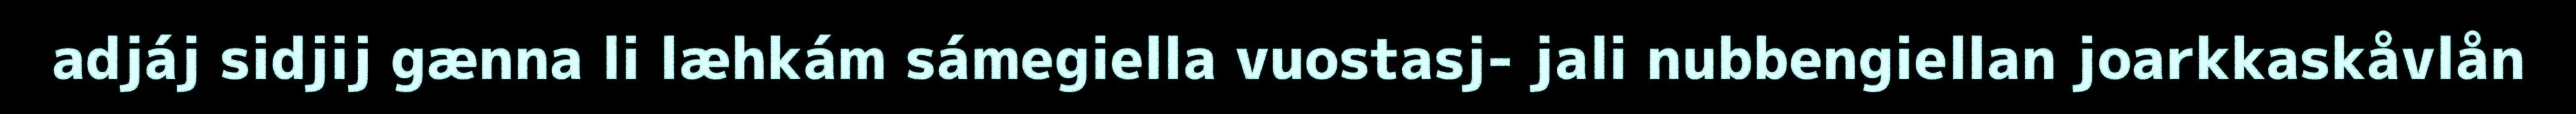
adjáj sidjij gænna li læhkám sámegiella vuostasj- jali nubbengiellan joarkkaskåvlån